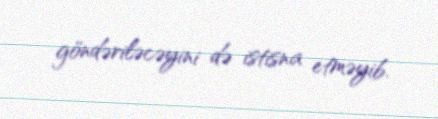
göndəriləcəyini də istisna etməyib.